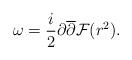
LaTeX: \begin{align*}\omega=\frac{i}{2}\partial\overline{\partial}\mathcal{F}(r^{2}).\end{align*}